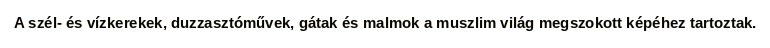
A szél- és vízkerekek, duzzasztóművek, gátak és malmok a muszlim világ megszokott képéhez tartoztak.